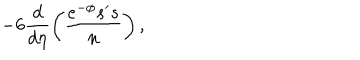
- 6 \frac { d } { d \eta } \left( \frac { e ^ { - \phi } s ^ { \prime } s } { n } \right) ,